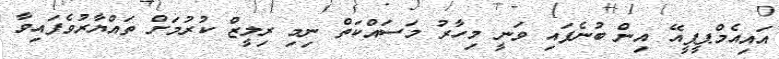
އައިއެމްޕީޕީއޭ އިން ބުނެފައި ވަނީ މިހާރު މަސައްކަތް ނިމި ރިލީޒް ކުރުމަށް ތައްޔާރުވެފައިވާ